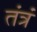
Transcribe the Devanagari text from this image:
तंत्रं